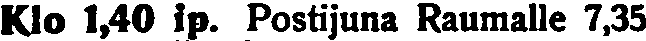
Klo 1,40 ip. Postijuna Raumalle 7,35